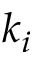
k _ { i }